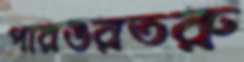
পারঙরতরু